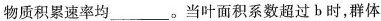
物质积累速率均___。当叶面积系数超过b时，群体